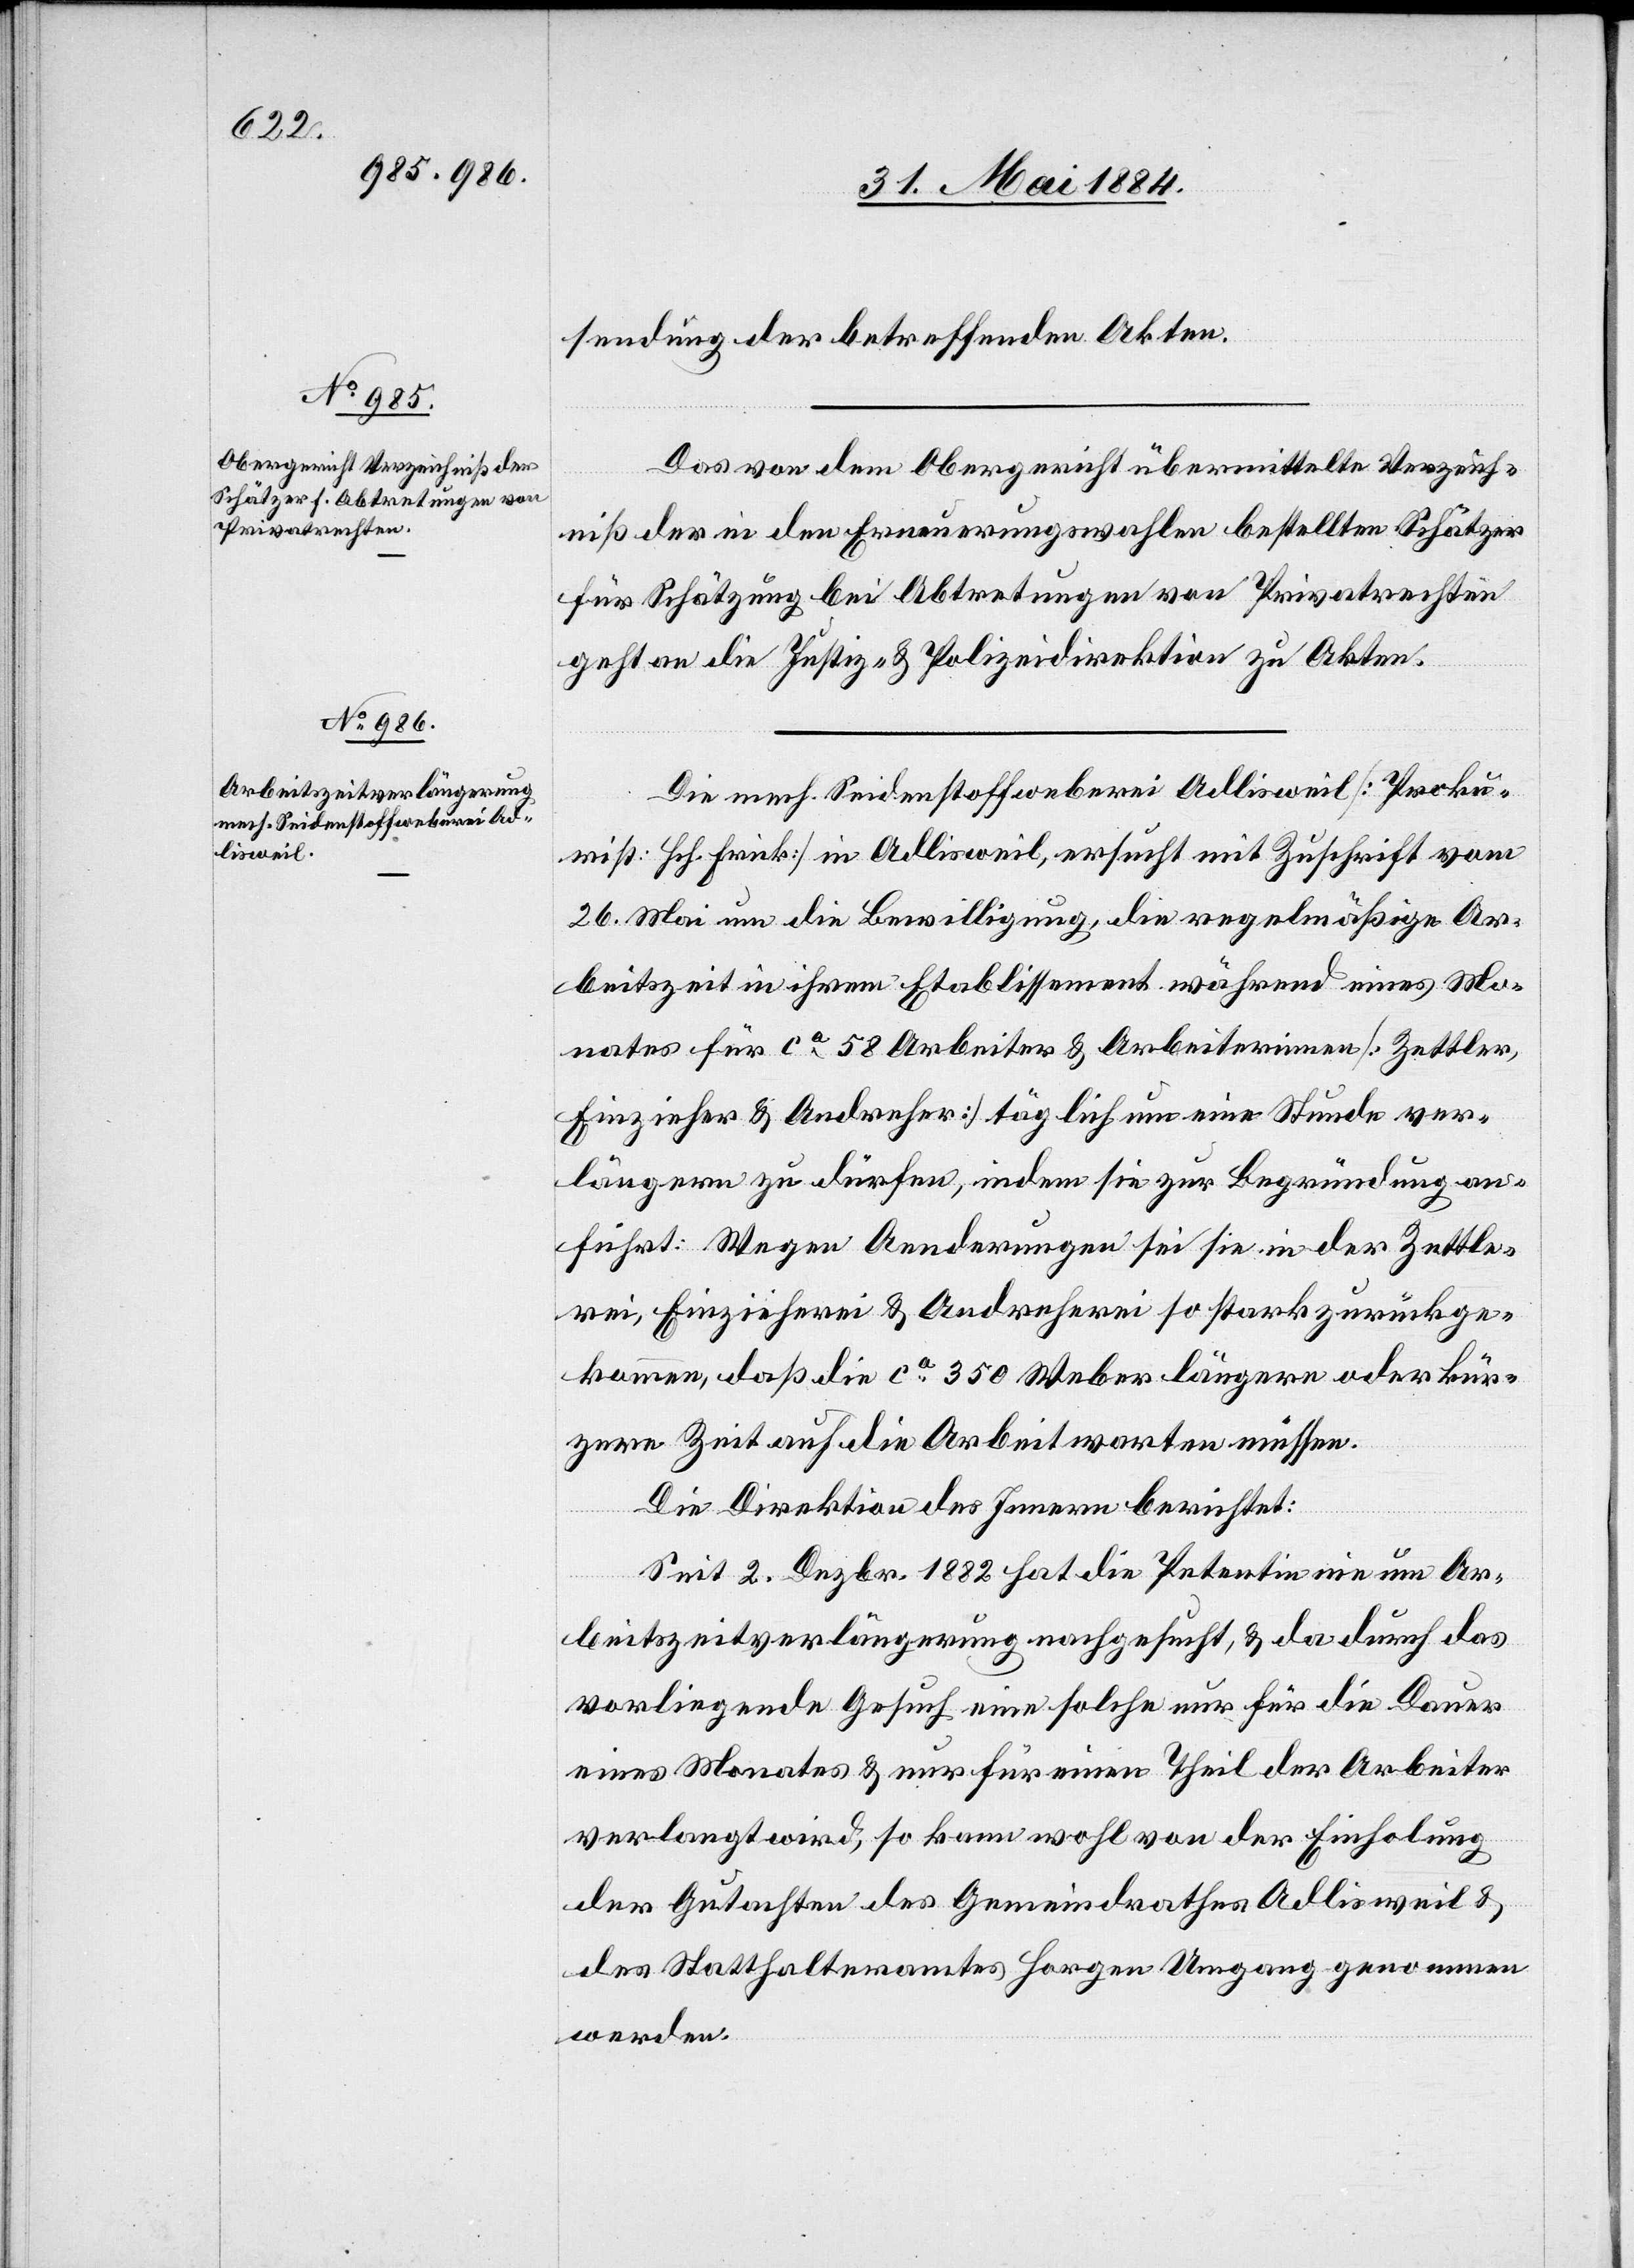
sendung der betreffenden Akten.
Das von dem Obergericht übermittelte Verzeich¬
niß der in den Erneuerungswahlen bestellten Schätzer
für Schatzungen bei Abtretungen von Privatrechten
geht an die Justiz- & Polizeidirektion zu Akten.
Die mech. Seidenstoffweberei Adlisweil [Proku¬
rist: Hch. Frick] in Adlisweil, ersucht mit Zuschrift vom
26. Mai um die Bewilligung, die regelmäßige Ar¬
beitszeit in ihrem Etablissement während eines Mo¬
nates für ca 58 Arbeiter & Arbeiterinnen [Zettler,
Einzieher & Andreher] täglich um eine Stunde ver¬
längern zu dürfen, indem sie zur Begründung an¬
führt: Wegen Aenderungen sei sie in der Zettle¬
rei, Einzieherei & Andreherei so stark zurückge¬
kommen, daß die ca 350 Weber längere oder kür¬
zere Zeit auf die Arbeit warten müssen.
Die Direktion des Innern berichtet:
Seit 2. Dezbr. 1882 hat die Petentin nie um Ar¬
beitszeitverlängerung nachgesucht, & da durch das
vorliegende Gesuch eine solche nur für die Dauer
eines Monates & nur für einen Theil der Arbeiter
verlangt wird, so kann wohl von der Einholung
der Gutachten des Gemeindrathes Adlisweil &
des Statthalteramtes Horgen Umgang genommen
werden.